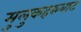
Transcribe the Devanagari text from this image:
मुलुकहरुबाट